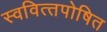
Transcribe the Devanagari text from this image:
स्‍ववित्‍तपोषित